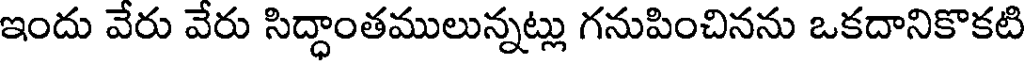
ఇందు వేరు వేరు సిద్ధాంతములున్నట్లు గనుపించినను ఒకదానికొకటి